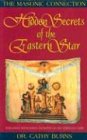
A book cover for Hidden Secrets of the Eastern Star: The Masonic Connection; Cathy Burns; Religion & Spirituality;